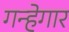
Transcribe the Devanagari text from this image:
गन्हेगार